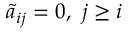
\tilde { a } _ { i j } = 0 , ~ j \ge i